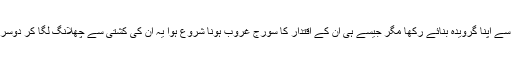
ہر دور کے’’ بادشاہ سلامت‘‘ کی قصیدہ خوانی کرتے ہوئے انہیں اپنی جوہر شناسی کے فن سے اپنا گرویدہ بنائے رکھا مگر جیسے ہی ان کے اقتدار کا سورج غروب ہونا شروع ہوا یہ ان کی کشتی سے چھلانگ لگا کر دوسری نائو پر سوار ہو کر اپنے کمال فن سے مرعوبیت کا سامان بہم پہنچانے میں مگن ہوگئے۔